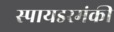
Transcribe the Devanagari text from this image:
स्पायडरमंकी